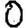
Digit: 0